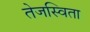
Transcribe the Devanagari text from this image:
तेजस्‍विता